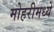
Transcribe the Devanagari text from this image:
मोहरीमध्ये